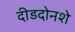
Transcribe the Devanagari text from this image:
दीडदोनशे